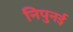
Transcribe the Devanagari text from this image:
निपुनई